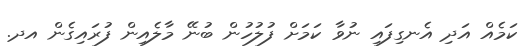
ކަމެއް އަދި އެނގިފައި ނުވާ ކަމަށް ފުލުހުން ބުނޭ މާލެއިން ފުރައިގެން އދ.